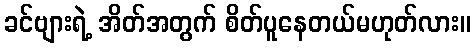
ခင်ဗျားရဲ့ အိတ်အတွက် စိတ်ပူနေတယ်မဟုတ်လား။